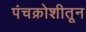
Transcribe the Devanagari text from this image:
पंचक्रोशीतून